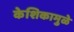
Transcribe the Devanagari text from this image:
केशिकामुळे